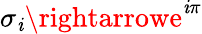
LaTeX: \sigma_{\mathit{i}}\rightarrowe^{\mathit{i}\pi}